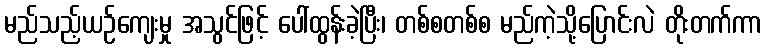
မည်သည့်ယဉ်ကျေးမှု အသွင်ဖြင့် ပေါ်ထွန်းခဲ့ပြီး၊ တစ်စတစ်စ မည်ကဲ့သို့ပြောင်းလဲ တိုးတက်ကာ